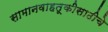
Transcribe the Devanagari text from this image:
सामानवाहतूकीसाठीचे